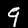
Label: 9